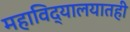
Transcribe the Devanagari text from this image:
महाविद्यालयातही